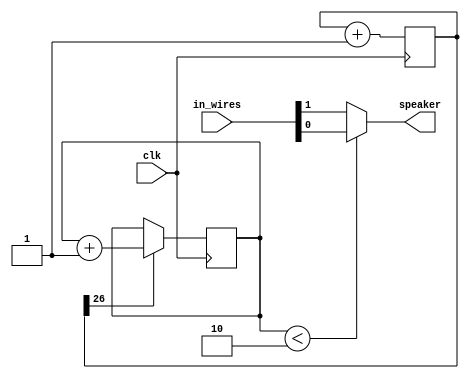
`timescale 1ns / 1ps

module Music_Player(
	input clk,
	input[3:0] in_wires,
	output speaker
    );
	reg[31:0] counter;
	reg[1:0] player = 0;
	reg note = 0;
	assign speaker = note;
	
	
	always@(posedge clk)
	begin
		
		if(counter[26] == 1'b1)
		begin
				player = player + 1;
		end
		counter <= counter + 1;
	end
	
	always@(player)
	begin
		if(player < 2)
			note <= in_wires[0];
		else
			note <= in_wires[1];
	end

endmodule